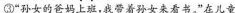
“孙女的爸妈上班，我带着孙女来看书。”在儿童